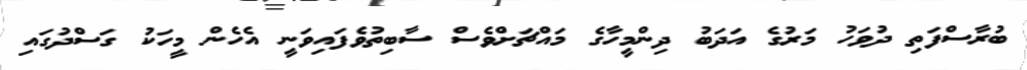
ބުރާސްފަތި ދުވަހު މަރުގެ އަދަބު ދިންމީހާގެ މައްޗަށްވެސް ސާބިތުވެފައިވަނީ އެހެން މީހަކު ގަސްދުގައި